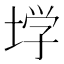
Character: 𰉽